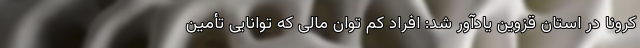
کرونا در استان قزوین یادآور شد: افراد کم توان مالی که توانایی تأمین